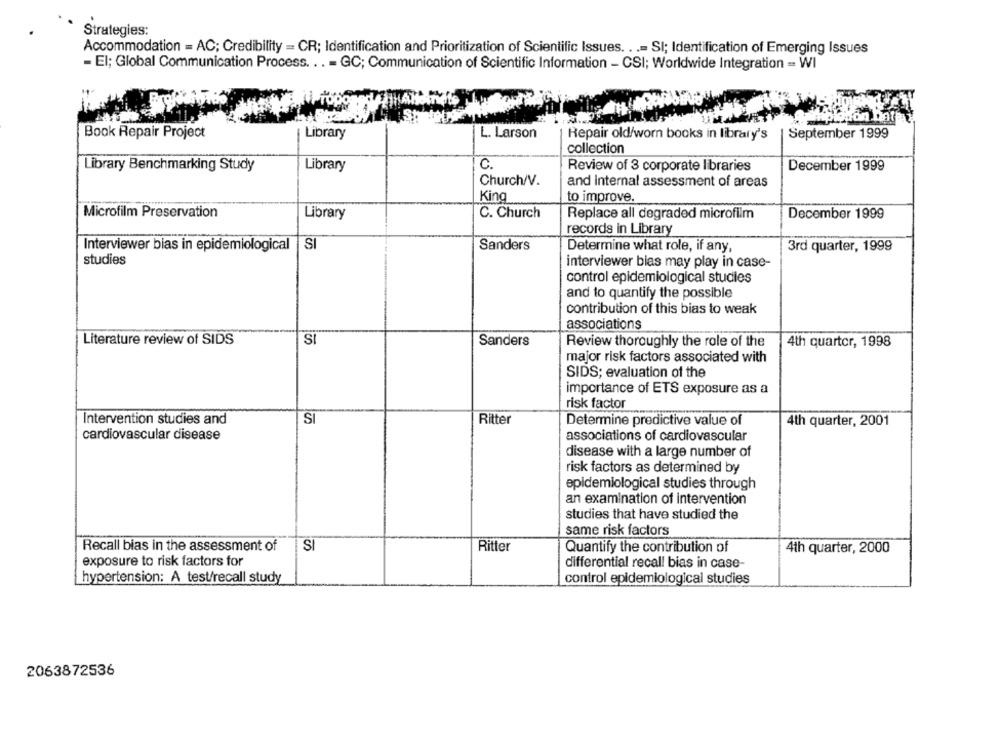
Strategies:
Accommodation = AC; Credibility = CR; Identification and Prioritization of Scientific Issues. ..= SI; Identification of Emerging Issues
- El; Global Communication Process ... - GC; Communication of Scientific Information - CSI; Worldwide Integration = WI
Book Repair Project
Library
L. Larson
| September 1999
Repair old/worn books in library's
collection
Library Benchmarking Study
Library
C.
Review of 3 corporate libraries
December 1999
Church/V.
and internal assessment of areas
King
to improve.
Microfilm Preservation
Library
C. Church
Replace all degraded microfilm
December 1999
records in Library
Interviewer bias in epidemiological
Sanders
Determine what role, if any,
3rd quarter, 1999
studies
interviewer bias may play in case-
control epidemiological studies
and to quantify the possible
contribution of this bias to weak
associations
Literature review of SIDS
S
Sanders
Review thoroughly the role of the
4th quarter, 1998
major risk factors associated with
SIDS; evaluation of the
importance of ETS exposure as a
risk factor
Intervention studies and
SI
Ritter
Determine predictive value of
4th quarter, 2001
cardiovascular disease
associations of cardiovascular
disease with a large number of
risk factors as determined by
epidemiological studies through
an examination of intervention
studies that have studied the
same risk factors
Recall bias in the assessment of
SI
Ritter
Quantify the contribution of
4th quarter, 2000
exposure to risk factors for
differential recall bias in case-
hypertension: A test/recall study
control epidemiological studies
2063872536